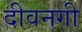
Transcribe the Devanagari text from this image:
दीवनगी